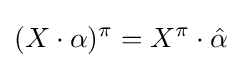
(X\cdot \alpha )^{\pi }=X^{\pi }\cdot {\hat {\alpha }}